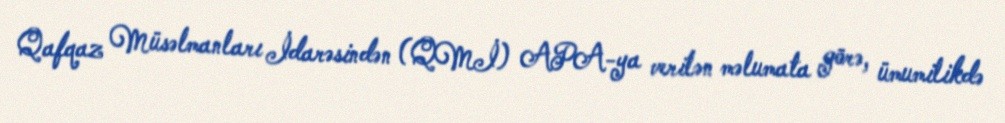
Qafqaz Müsəlmanları İdarəsindən (QMİ) APA-ya verilən məlumata görə, ümumilikdə